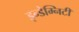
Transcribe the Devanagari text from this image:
इन्डेम्निटी